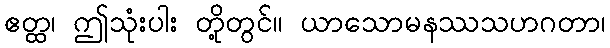
ဧတ္ထ၊ ဤသုံးပါး တို့တွင်။ ယာသောမနဿသဟဂတာ၊